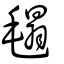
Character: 毾